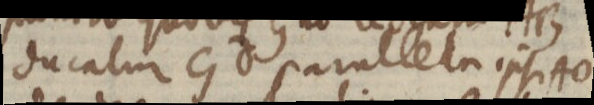
ducatur Gd parallela ipsi AO